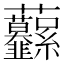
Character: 𧆙